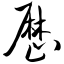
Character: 历